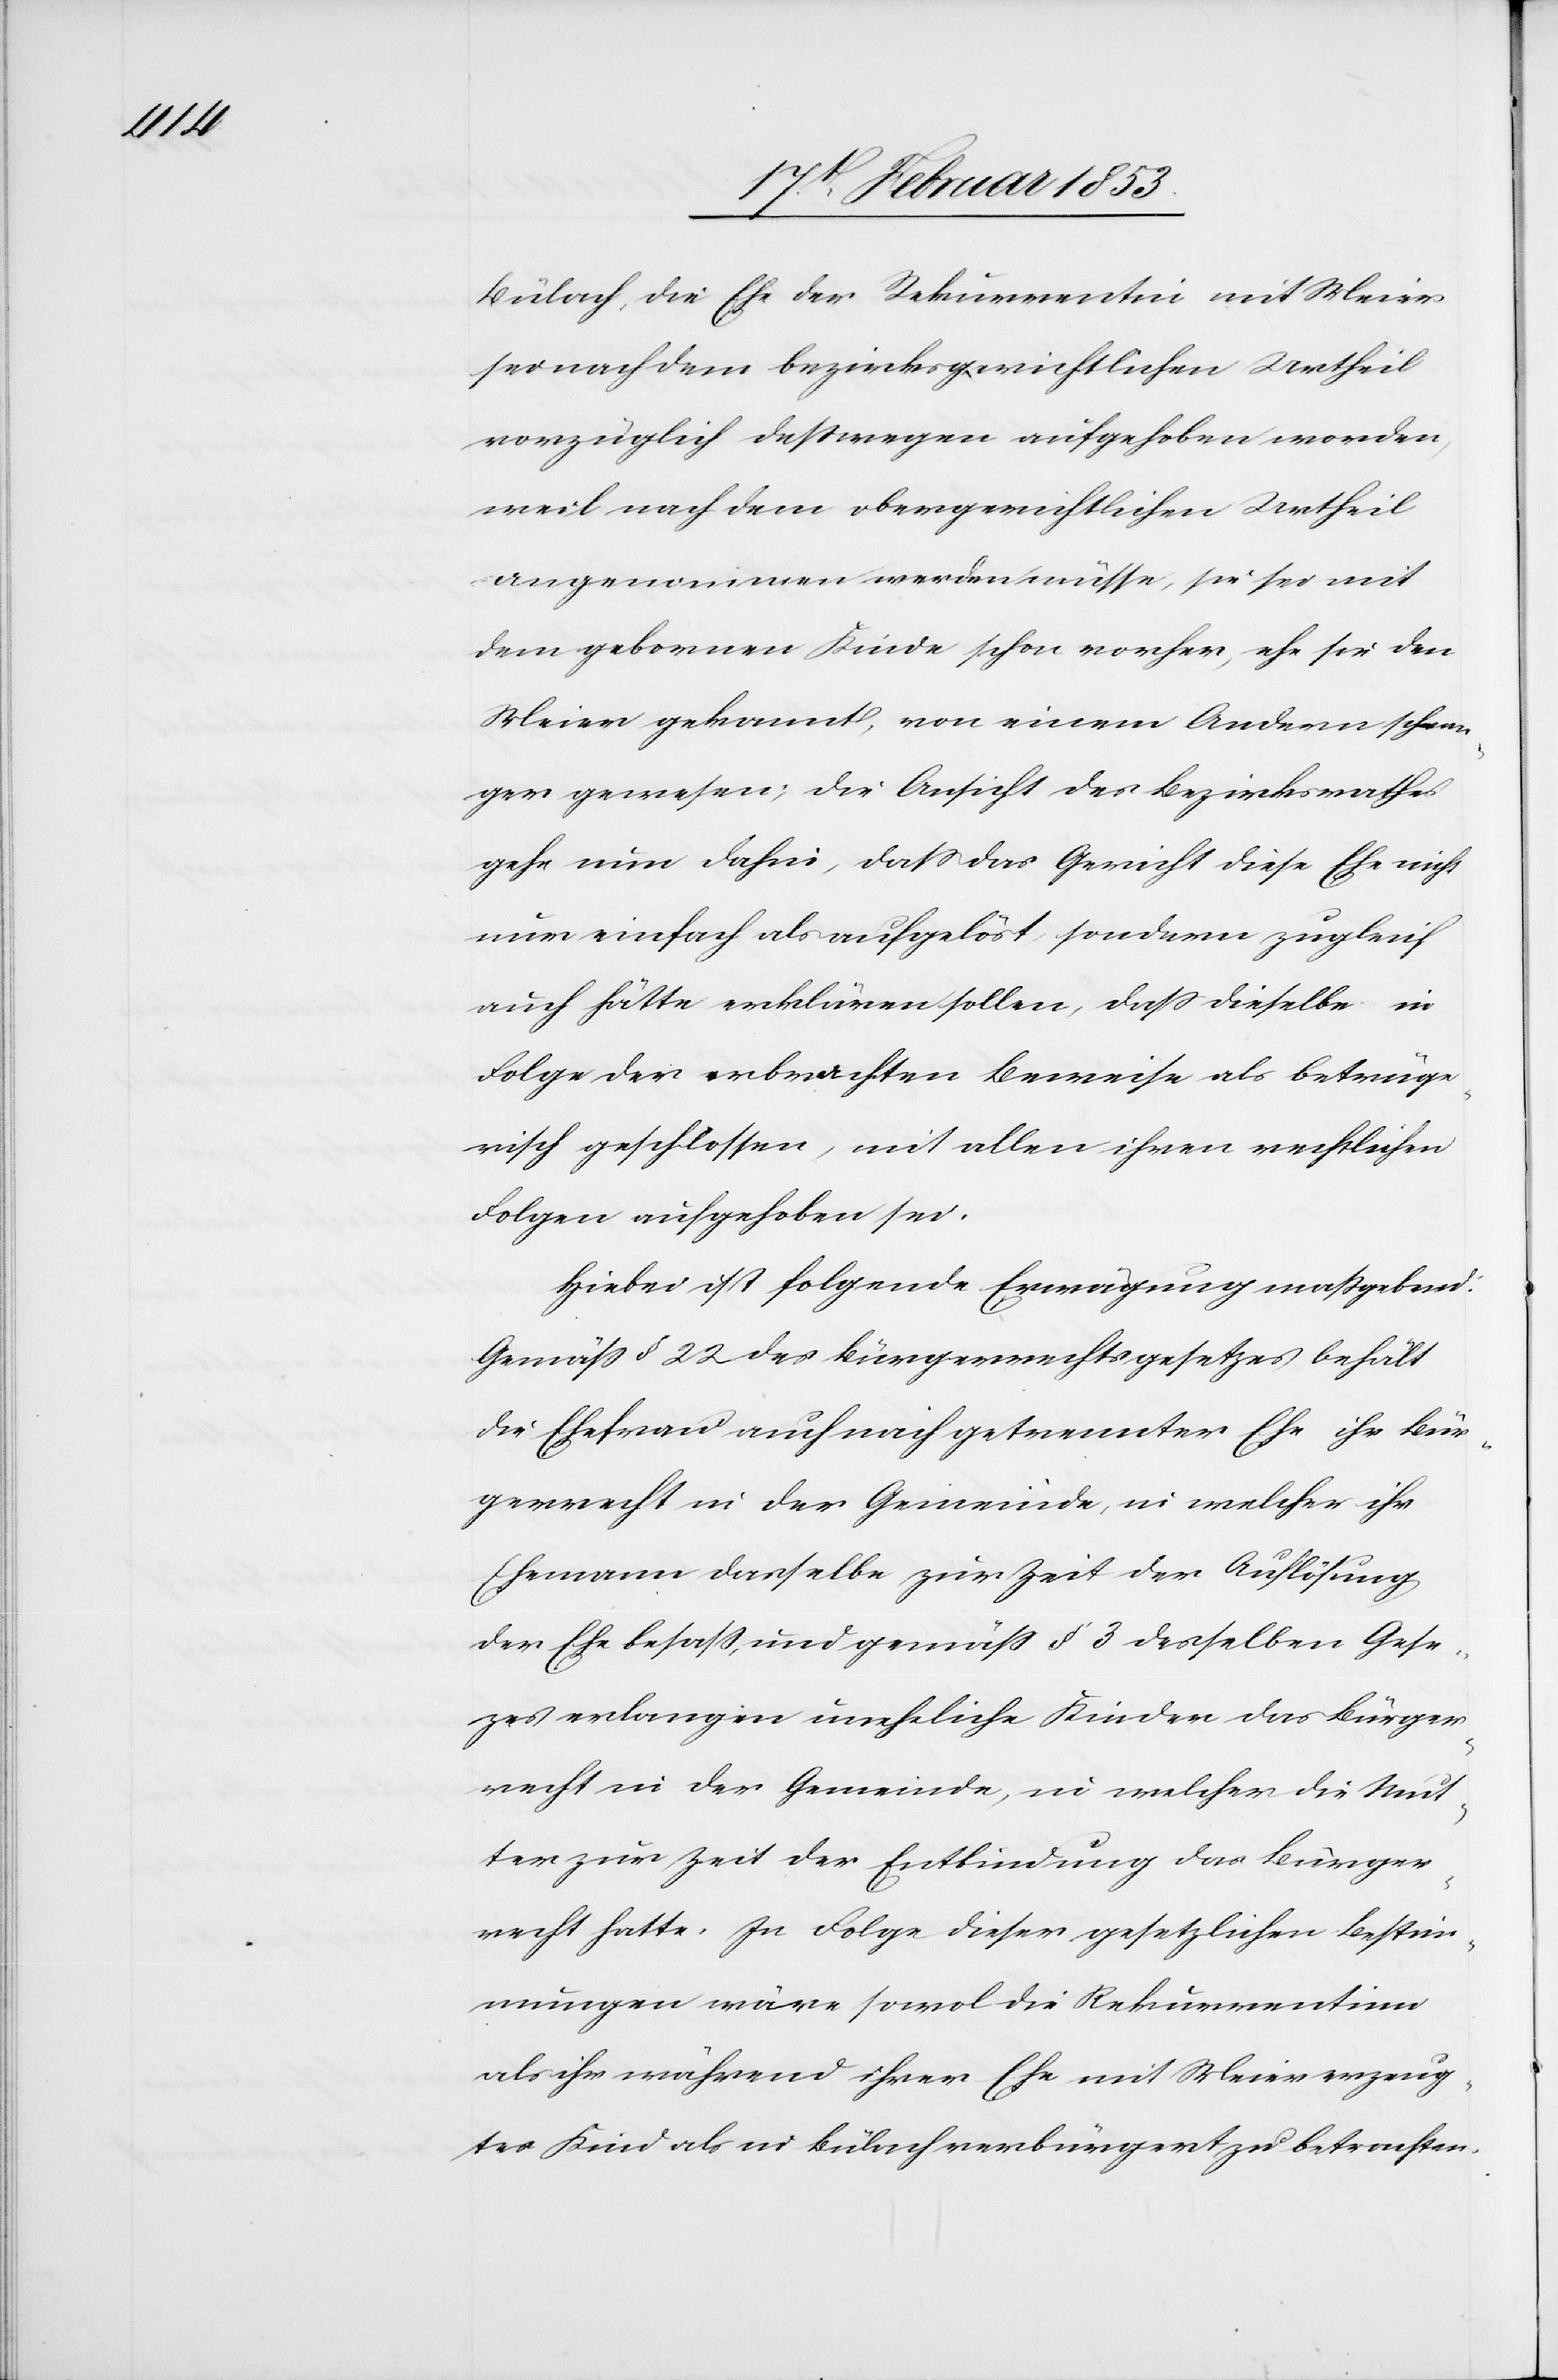
Bülach, die Ehe der Rekurrentin mit Meier
sei nach dem bezirksgerichtlichen Urtheil
vorzüglich deßwegen aufgehoben worden,
weil nach dem obergerichtlichen Urtheil
angenommen werden müsse, sie sei mit
dem gebornen Kinde schon vorher, ehe sie den
Meier gekannt, von einem Andern schwan¬
ger gewesen; die Ansicht des Bezirksrathes
gehe nun dahin, daß das Gericht diese Ehe nicht
nur einfach als aufgelöst, sondern zugleich
auch hätte erklären sollen, daß dieselbe in
Folge der erbrachten Beweise als betrüge¬
risch geschlossen, mit allen ihren rechtlichen
Folgen aufgehoben sei.
Hiebei ist folgende Erwägung maßgebend:
Gemäß § 22 des Bürgerrechtsgesetzes behält
die Ehefrau auch nach getrennter Ehe ihr Bür¬
gerrecht in der Gemeinde, in welcher ihr
Ehemann dasselbe zur Zeit der Auflösung
der Ehe besaß, und gemäß § 3 desselben Geset¬
zes erlangen uneheliche Kinder das Bürger¬
recht in der Gemeinde, in welcher die Mut¬
ter zur Zeit der Entbindung das Bürger¬
recht hatte. In Folge dieser gesetzlichen Bestim¬
mungen wäre sowol die Rekurrentinn
als ihr während ihrer Ehe mit Meier erzeug¬
tes Kind als in Bülach verbürgert zu betrachten.